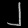
Digit: ၂